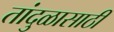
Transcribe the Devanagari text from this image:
तांदुळासाठी